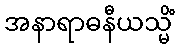
အနာရာဓနီယသ္မိံ